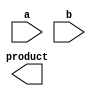
module dadda_multiplier (
    input wire [31:0] a,
    input wire [31:0] b,
    output wire [63:0] product
);

// Partial Product Generation
wire [63:0] partial_products[31:0];
genvar i;
generate
    for (i = 0; i < 32; i = i + 1) begin: gen_partial_products
        assign partial_products[i] = a & (b[i] ? (b << i) : 0);
    end
endgenerate

// Partial Product Reduction
wire [63:0] reduced_partial_products[15:0];
genvar j;
generate
    for (j = 0; j < 16; j = j + 1) begin: gen_reduced_partial_products
        assign reduced_partial_products[j] = partial_products[2*j] + partial_products[2*j + 1];
    end
endgenerate

// Dadda Tree Reduction
wire [63:0] intermediate_products[7:0];
genvar k;
generate
    for (k = 0; k < 8; k = k + 1) begin: gen_intermediate_products
        assign intermediate_products[k] = reduced_partial_products[3*k] + reduced_partial_products[3*k + 1] + reduced_partial_products[3*k + 2];
    end
endgenerate

// Final Product Calculation
assign product = intermediate_products[0] + intermediate_products[1] + intermediate_products[2] + intermediate_products[3] + intermediate_products[4] + intermediate_products[5] + intermediate_products[6] + intermediate_products[7];

endmodule